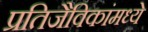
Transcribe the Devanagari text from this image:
प्रतिजैविकांमध्ये